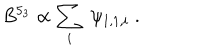
B ^ { 5 _ { 3 } } \propto \sum _ { i } ~ \psi _ { 1 , 1 , i } \; .